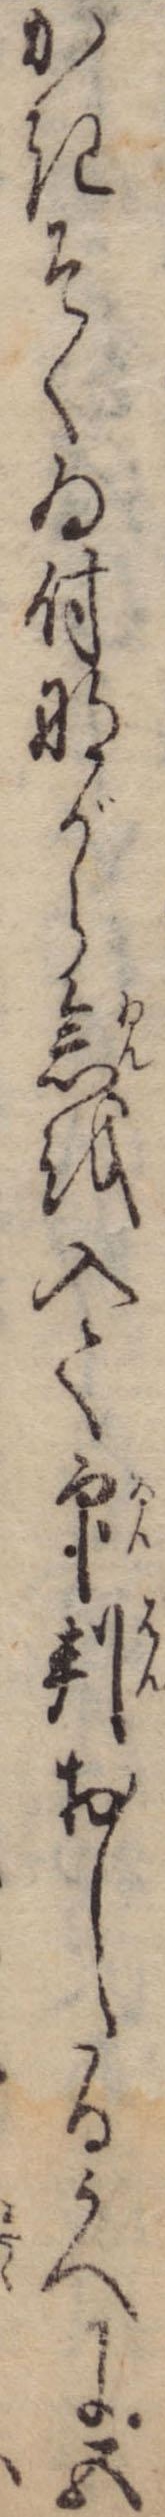
かきそくゐ付ながら念を入て印判おしたるうへに五